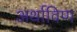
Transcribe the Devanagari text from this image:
अर्थाविण